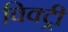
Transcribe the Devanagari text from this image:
विक्‍ट्री